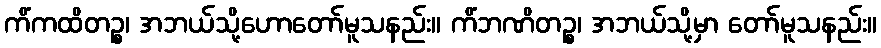
ကိံကထိတဉ္စ၊ အဘယ်သို့ဟောတော်မူသနည်း။ ကိံဘဏိတဉ္စ၊ အဘယ်သို့မှာ တော်မူသနည်း။